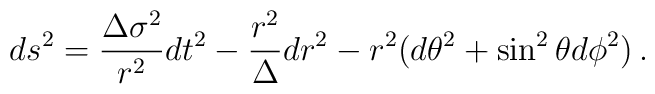
ds^2 = \frac{\Delta \sigma^2}{r^2} dt^2 - \frac{r^2}{\Delta}dr^2               -r^2 (d \theta^2 + \sin^2 \theta d \phi^2) \,.